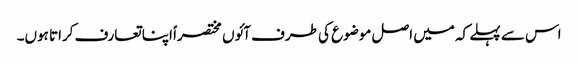
اس سے پہلے کہ میں اصل موضوع کی طرف آئوں مختصراً اپنا تعارف کراتا ہوں۔